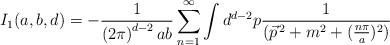
LaTeX: \begin{align*}I_{1}(a,b,d)=-\frac{1}{\left( 2\pi \right) ^{d-2}ab}\sum_{n=1}^{\infty }\int d^{d-2}p\frac{1}{(\vec{p}^{\,2}+m^{2}+(\frac{n\pi }{a})^{2})}\end{align*}